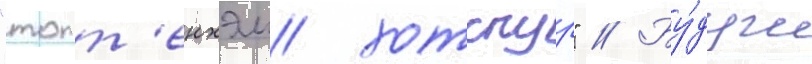
"тотт'енхэм хотспур" // Бу́дучи